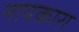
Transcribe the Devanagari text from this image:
नायकारा